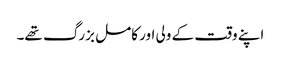
اپنے وقت کے ولی اور کامل بزرگ تھے۔